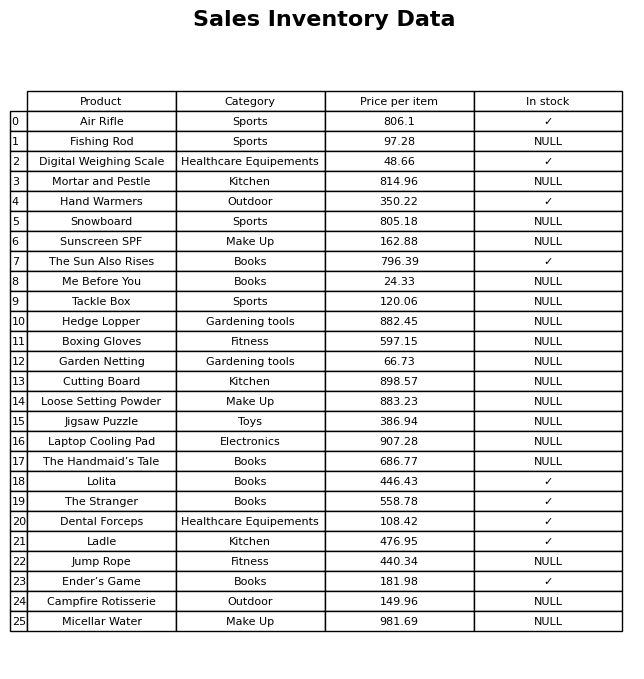
question: What is the price for Jump Rope?
answer: The price of Jump Rope is 440.34.